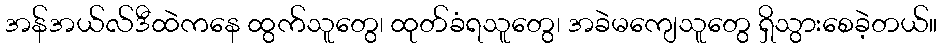
အန်အယ်လ်ဒီထဲကနေ ထွက်သူတွေ၊ ထုတ်ခံရသူတွေ၊ အခဲမကျေသူတွေ ရှိသွားစေခဲ့တယ်။